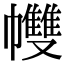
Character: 𢅻